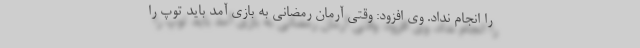
را انجام نداد. وی افزود: وقتی آرمان رمضانی به بازی آمد باید توپ را